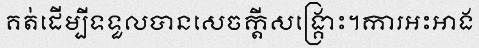
គត់ដើម្បីទទួលបានសេចក្តីសង្គ្រោះ។ការអះអាង